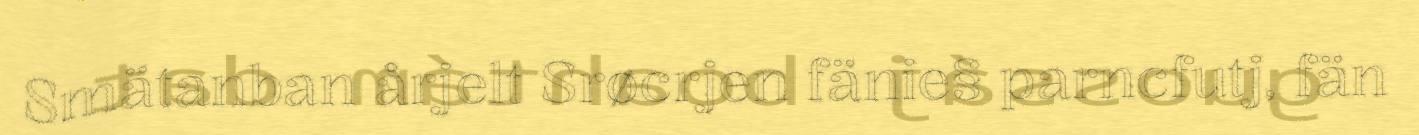
Smätanban årjelt Srøcrjen fänie§ parncfutj, fän